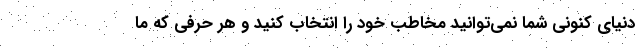
دنیای کنونی شما نمی‌توانید مخاطب خود را انتخاب کنید و هر حرفی که ما